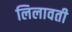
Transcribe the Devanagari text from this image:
लिलावती